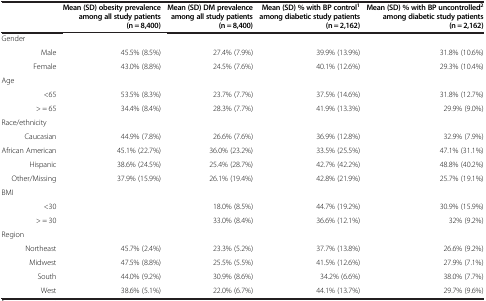
|  | Mean (SD) obesity prevalence among all study patients (n = 8,400) | Mean (SD) DM prevalence among all study patients (n = 8,400) | Mean (SD) % with BP control1 among diabetic study patients (n = 2,162) | Mean (SD) % with BP uncontrolled2 among diabetic study patients (n = 2,162) |
 | --- | --- | --- | --- | --- |
 | Gender |  |  |  |  |
 | Male | 45.5% (8.5%) | 27.4% (7.9%) | 39.9% (13.9%) | 31.8% (10.6%) |
 | Female | 43.0% (8.8%) | 24.5% (7.6%) | 40.1% (12.6%) | 29.3% (10.4%) |
 | Age |  |  |  |  |
 | <65 | 53.5% (8.3%) | 23.7% (7.7%) | 37.5% (14.6%) | 31.8% (12.7%) |
 | > = 65 | 34.4% (8.4%) | 28.3% (7.7%) | 41.9% (13.3%) | 29.9% (9.0%) |
 | Race/ethnicity |  |  |  |  |
 | Caucasian | 44.9% (7.8%) | 26.6% (7.6%) | 36.9% (12.8%) | 32.9% (7.9%) |
 | African American | 45.1% (22.7%) | 36.0% (23.2%) | 33.5% (25.5%) | 47.1% (31.1%) |
 | Hispanic | 38.6% (24.5%) | 25.4% (28.7%) | 42.7% (42.2%) | 48.8% (40.2%) |
 | Other/Missing | 37.9% (15.9%) | 26.1% (19.4%) | 42.8% (21.9%) | 25.7% (19.1%) |
 | BMI |  |  |  |  |
 | <30 |  | 18.0% (8.5%) | 44.7% (19.2%) | 30.9% (15.9%) |
 | > = 30 |  | 33.0% (8.4%) | 36.6% (12.1%) | 32% (9.2%) |
 | Region |  |  |  |  |
 | Northeast | 45.7% (2.4%) | 23.3% (5.2%) | 37.7% (13.8%) | 26.6% (9.2%) |
 | Midwest | 47.5% (8.8%) | 25.5% (5.5%) | 41.5% (12.6%) | 27.9% (7.1%) |
 | South | 44.0% (9.2%) | 30.9% (8.6%) | 34.2% (6.6%) | 38.0% (7.7%) |
 | West | 38.6% (5.1%) | 22.0% (6.7%) | 44.1% (13.7%) | 29.7% (9.6%) |